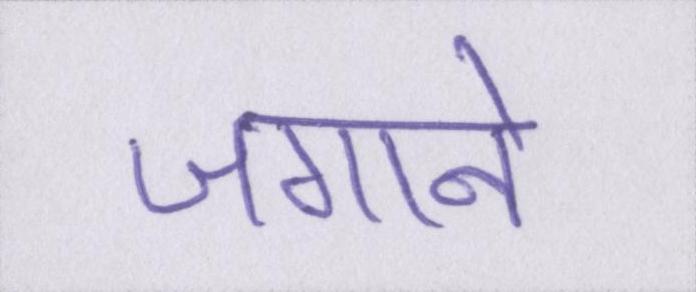
जगाने